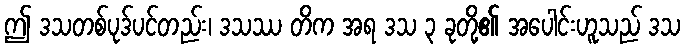
ဤ ဒသတစ်ပုဒ်ပင်တည်း၊ ဒသဿ တိက အရ ဒသ ၃ ခုတို့၏ အပေါင်းဟူသည် ဒသ